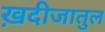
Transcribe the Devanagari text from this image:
ख़दीजातुल